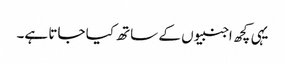
یہی کچھ اجنبیوں کے ساتھ کیا جاتا ہے۔